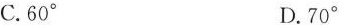
C.60° D.70°